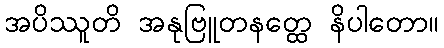
အပိဿူတိ အနုဗြူတနတ္ထေ နိပါတော။